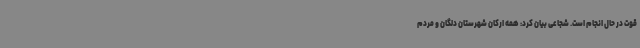
قوت در حال انجام است. شجاعی بیان کرد: همه ارکان شهرستان دلگان و مردم